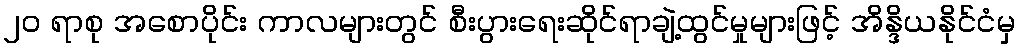
၂၀ ရာစု အစောပိုင်း ကာလများတွင် စီးပွားရေးဆိုင်ရာချဲ့ထွင်မှုများဖြင့် အိန္ဒိယနိုင်ငံမှ